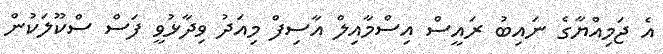
އެ ޖަމިއްޔާގެ ނައިބު ރައީސް އިސްމާއިލް އާސިފް މިއަދު ވިދާޅުވީ ފަސް ސްކޫލަކުން